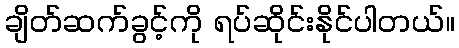
ချိတ်ဆက်ခွင့်ကို ရပ်ဆိုင်းနိုင်ပါတယ်။